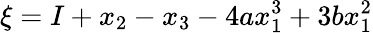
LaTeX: \xi=I+x_{2}-x_{3}-4ax_{1}^{3}+3bx_{1}^{2}